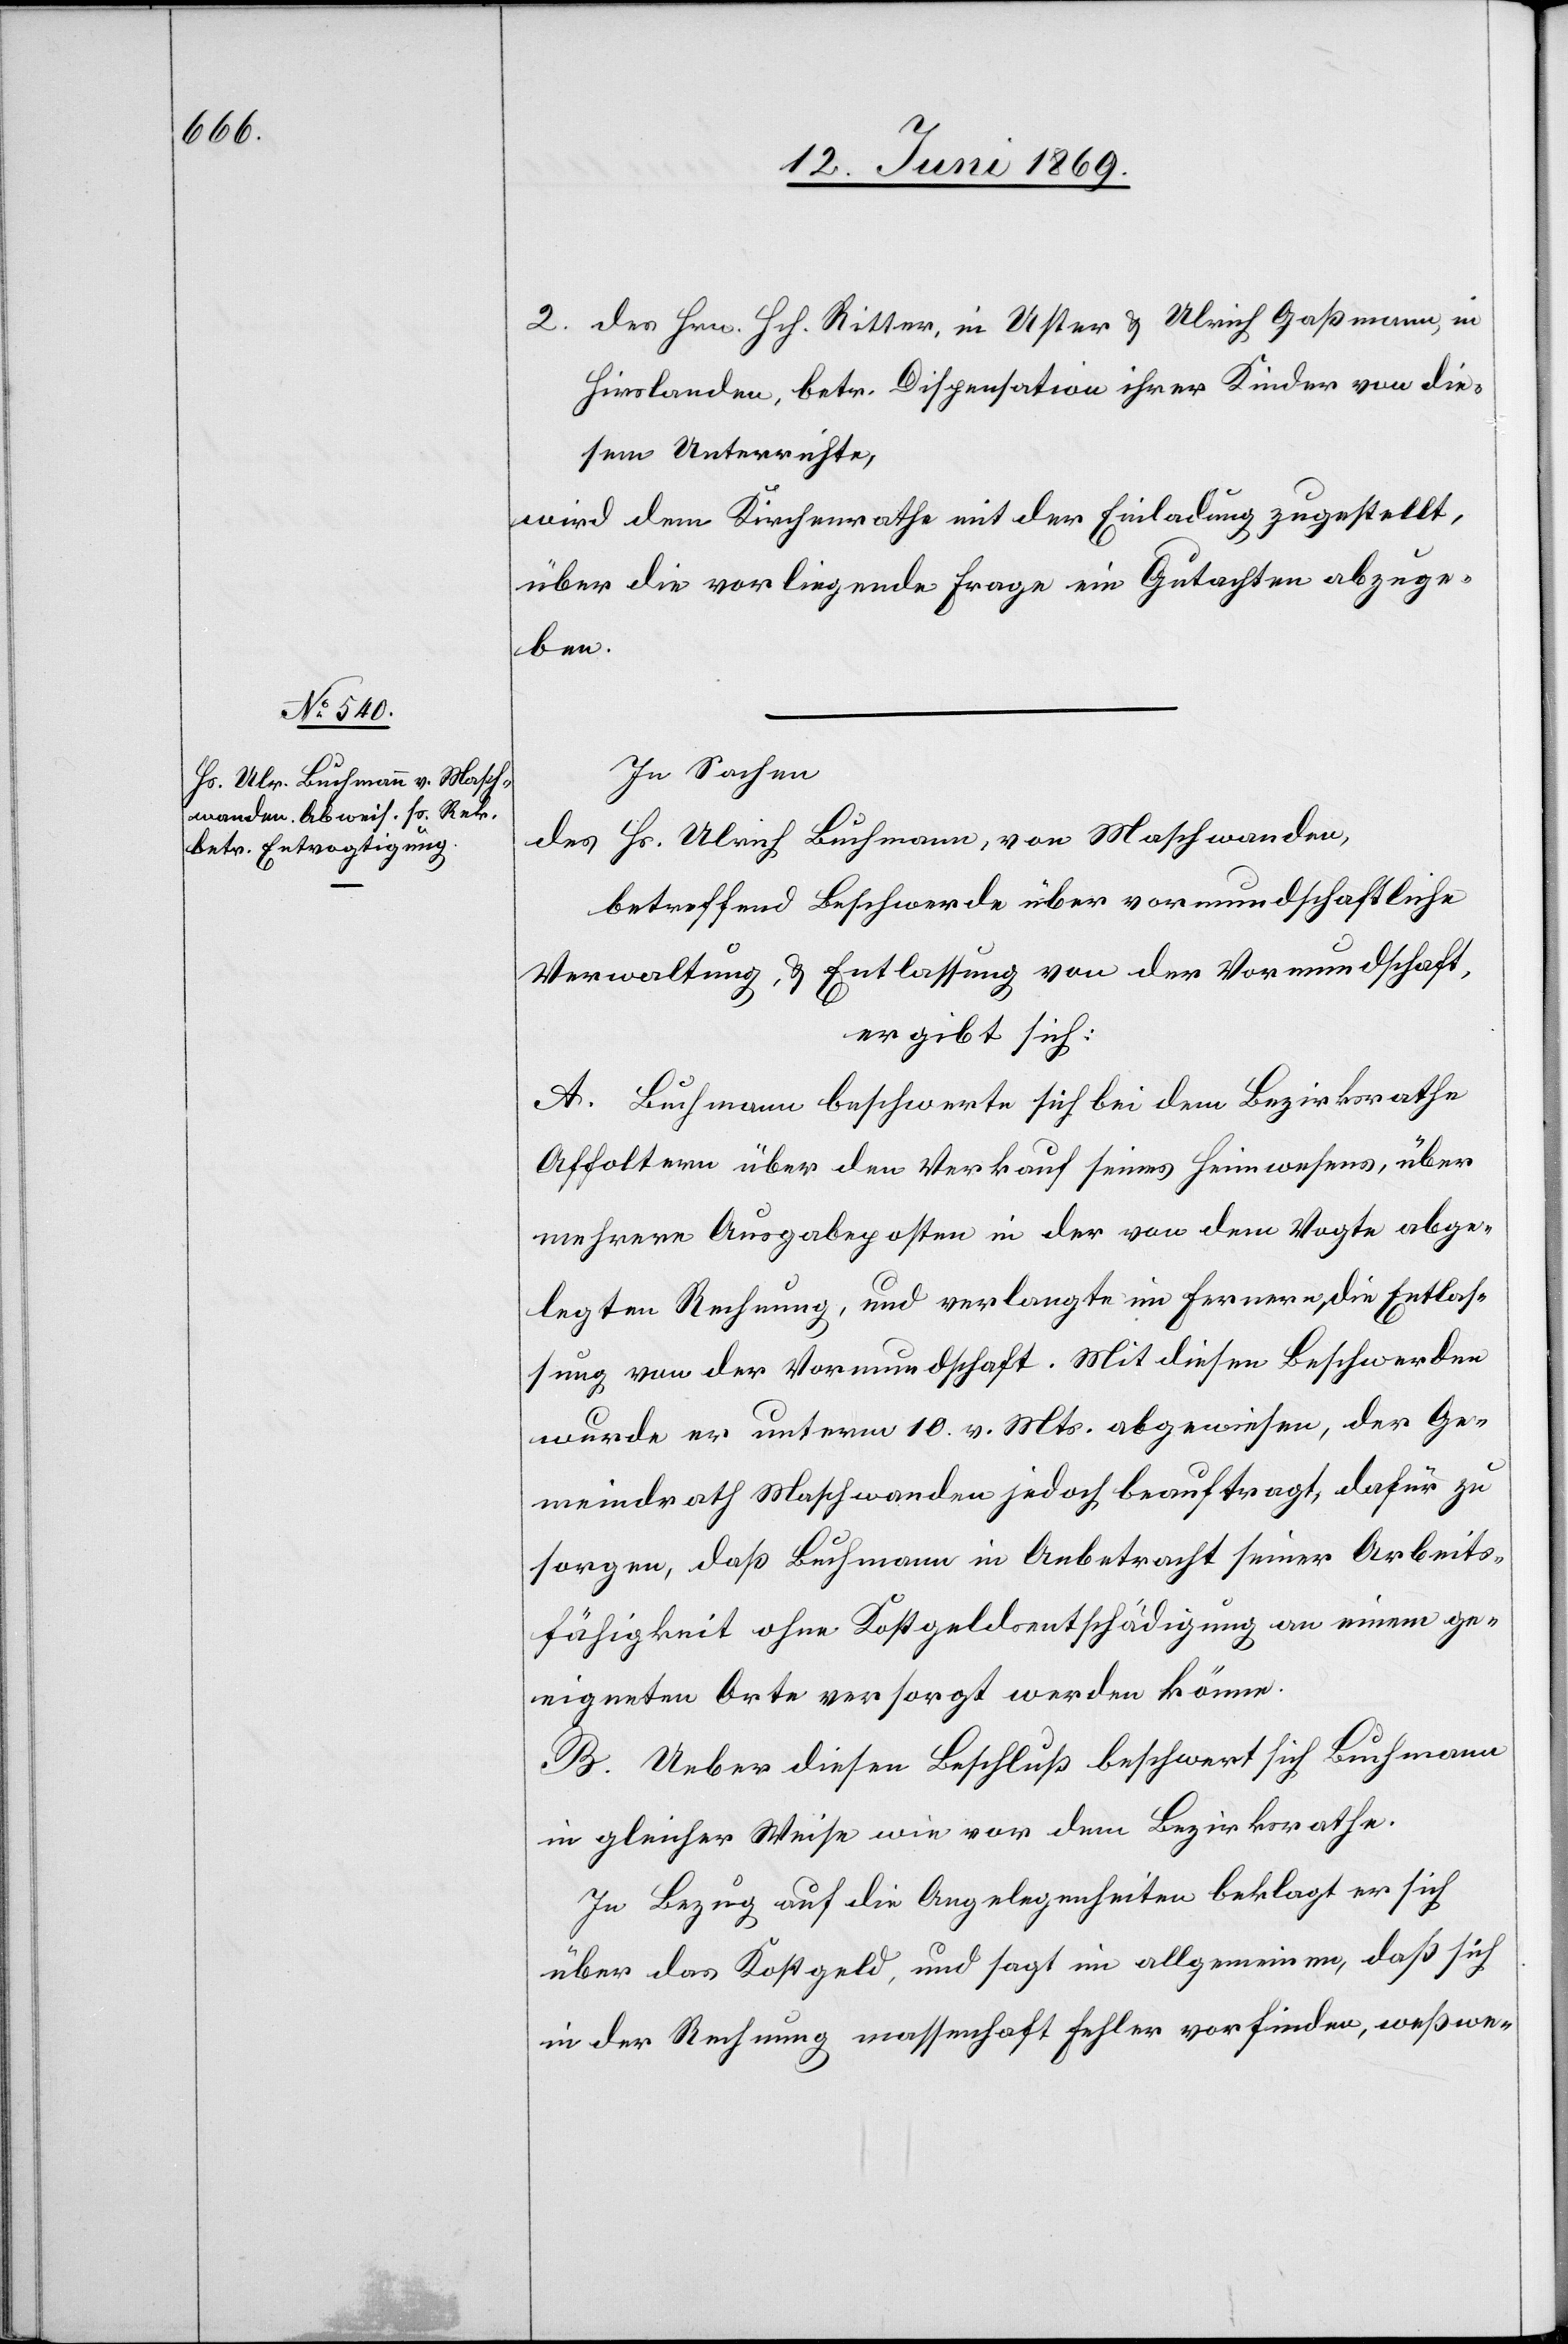
2. Des Hrn. Hch. Ritter, in Uster u. Ulrich Gaßmann, in
Hirslanden, betr. Dispensation ihrer Kinder von die¬
sem Unterrichte,
wird dem Kirchenrathe mit der Einladung zugestellt,
über die vorliegende Frage ein Gutachten abzuge¬
ben.
In Sachen
des Hs. Ulrich Buchmann, von Maschwanden,
betreffend Beschwerde über vormundschaftliche
Verwaltung, u. Entlassung von der Vormundschaft,
ergibt sich:
A. Buchmann beschwerte sich bei dem Bezirksrathe
Affoltern über den Verkauf seines Heimwesens, über
mehrere Ausgabeposten in der von dem Vogte abge¬
legten Rechnung, und verlangte im Fernern, die Entlas¬
sung von der Vormundschaft. Mit diesen Beschwerden
wurde er unterm 10 v. Mts. abgewiesen, der Ge¬
meindrath Maschwanden jedoch beauftragt, dafür zu
sorgen, daß Buchmann in Anbetracht seiner Arbeits¬
fähigkeit ohne Kostgeldentschädigung an einem ge¬
eigneten Orte versorgt werden könne.
B. Ueber diesen Beschluß beschwert sich Buchmann
in gleicher Weise wie vor dem Bezirksrathe.
In Bezug auf die Angelegenheiten beklagt er sich
über das Kostgeld, und sagt im allgemeinen, daß sich
in der Rechnung massenhaft Fehler vorfinden, weßwe-